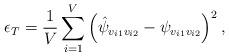
LaTeX: \begin{align*}\epsilon_{T}=\frac{1}{V}\sum_{i=1}^{V}\left(\hat{\psi}_{v_{i1}v_{i2}}-\psi_{v_{i1}v_{i2}}\right)^2,\end{align*}